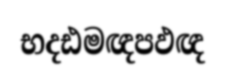
භදඪමඥපඵඥ